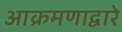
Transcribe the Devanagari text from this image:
आक्रमणाद्वारे